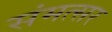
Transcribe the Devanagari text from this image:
संमत्सर